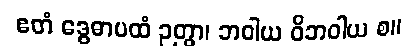
ဧတံ ဒွေဓာပထံ ဉတွာ၊ ဘဝါယ ဝိဘဝါယ စ။